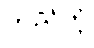
တည်တံ့